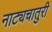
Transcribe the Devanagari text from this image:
नाट्यचातुरी